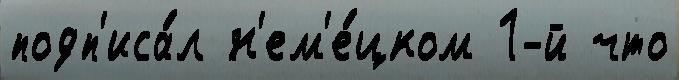
подп'иса́л н'ем'е́цком 1-й что